Document type: Emphyteutic lease
Year: 1283
Scribe: Pere Marquès
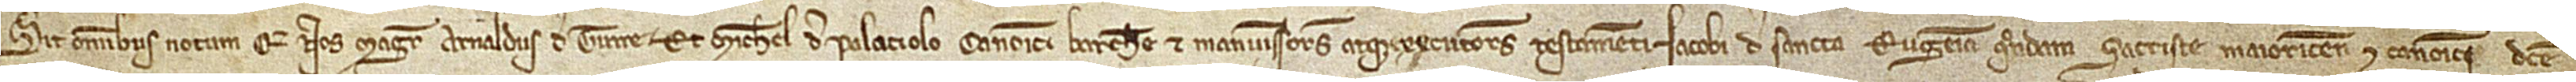
Sit omnibus notum quod nos magister Arnaldus de Turre et Michael de Palaciolo, canonici Barchinone et manumissores atque executores testamenti Iacobi de Sancta Eugenia, quondam, sacriste Maioricensis et canonici dicte